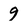
Character: 9